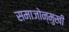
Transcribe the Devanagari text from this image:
समाजोन्मुखी